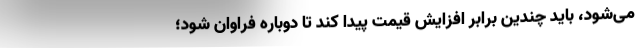
می‌شود، باید چندین برابر افزایش قیمت پیدا کند تا دوباره فراوان شود؛